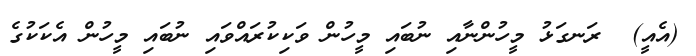
(އެއީ)  ރަނގަޅު މީހުންނާއި ނުބައި މީހުން ވަކިކުރައްވައި ނުބައި މީހުން އެކަކުގެ